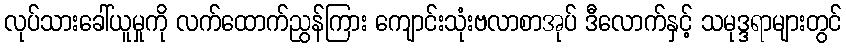
လုပ်သားခေါ်ယူမှုကို လက်ထောက်ညွန်ကြား ကျောင်းသုံးဗလာစာအုပ် ဒီလောက်နှင့် သမုဒ္ဒရာများတွင်